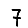
Digit: 7